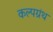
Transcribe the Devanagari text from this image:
कल्पग्रंथ